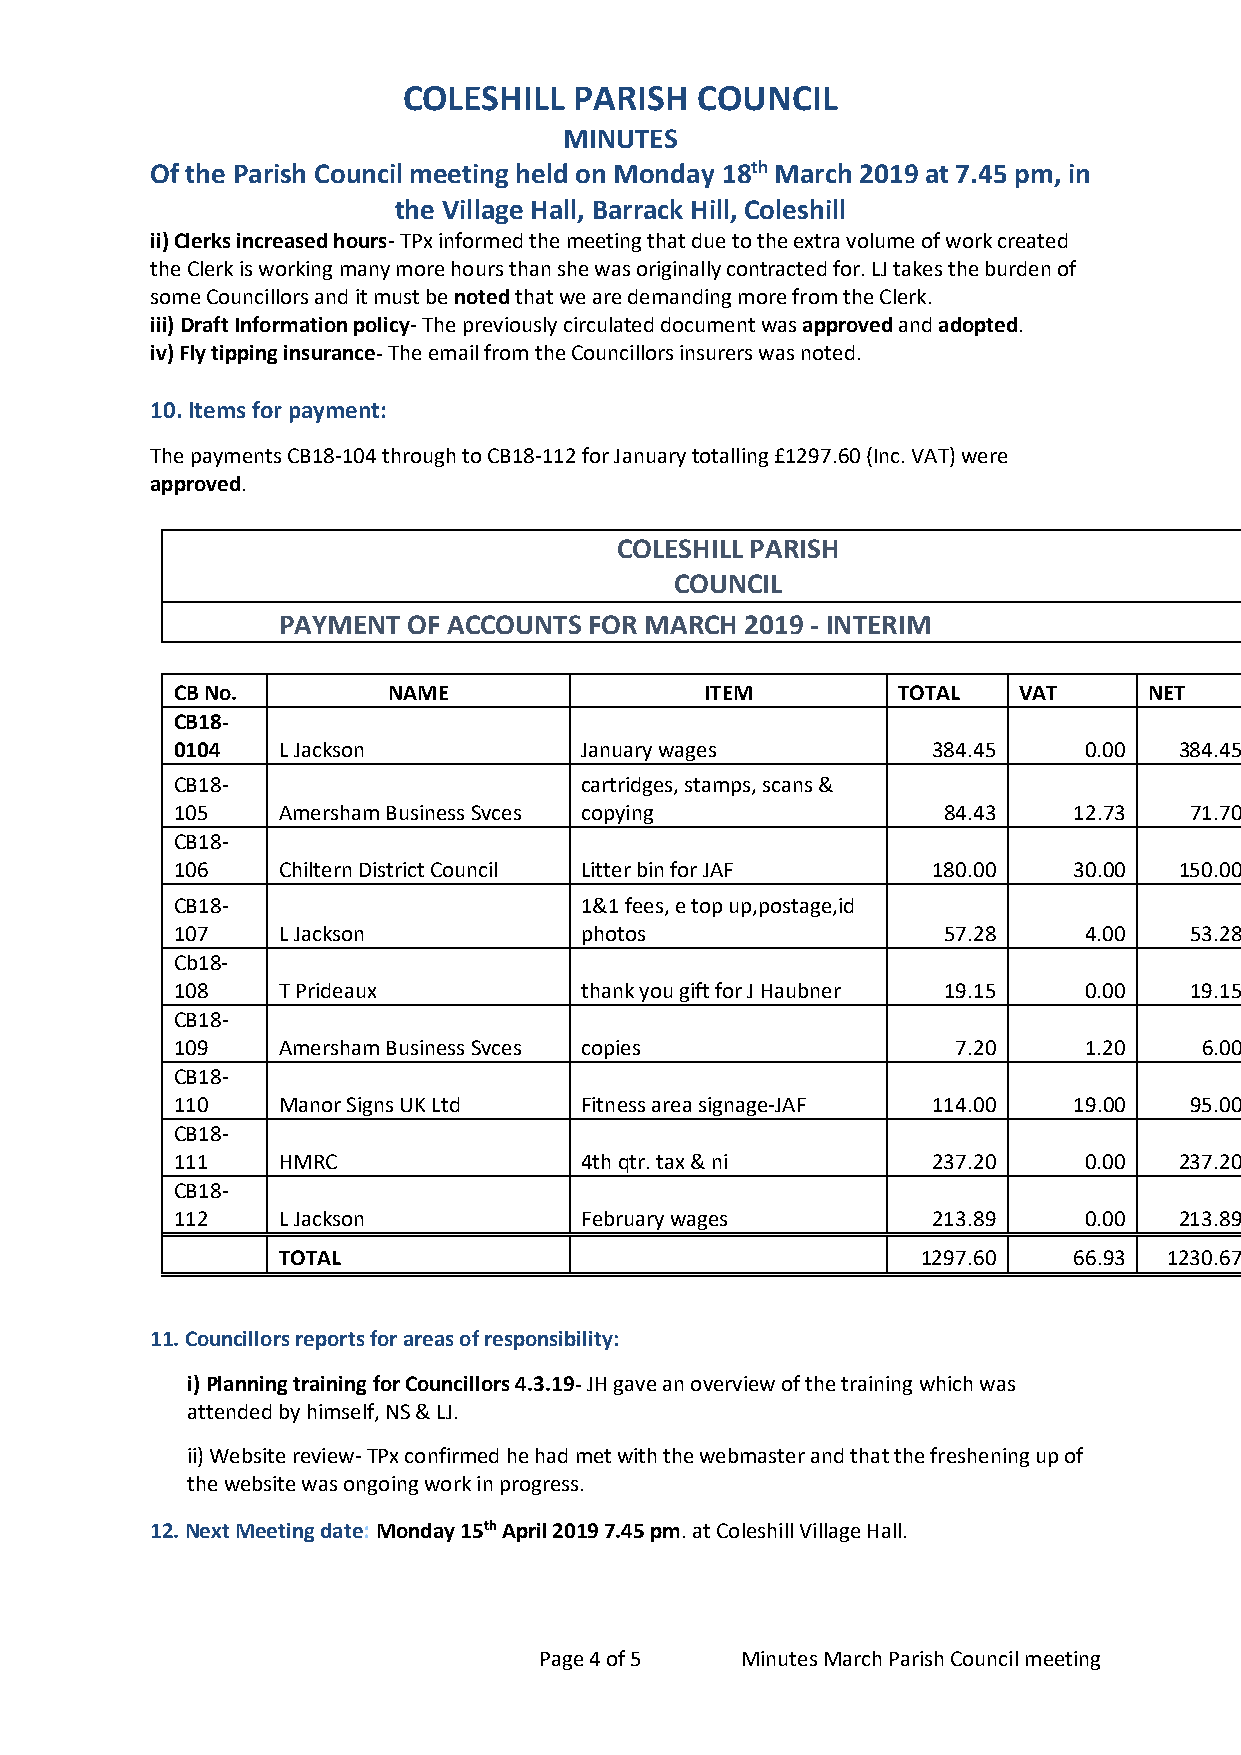
COLESHILL  PARISH  COUNCIL
 MINUTES
 Of the Parish Council meeting held on Monday 18th March 2019 at 7.45 pm, in
 the Village Hall, Barrack Hill, Coleshill
 ii) Clerks increased hours- TPx informed the meeting that due to the extra volume of work created
 the Clerk is working many more hours than she was originally contracted for. LJ takes the burden of
 some Councillors and it must be noted that we are demanding more from the Clerk.
 iii) Draft Information policy- The previously circulated document was approved and adopted.
 iv) Fly tipping insurance- The email from the Councillors insurers was noted.
 10. Items for payment:
 The payments CB18-104 through to CB18-112 for January totalling £1297.60 (Inc. VAT) were
 approved.
 COLESHILL PARISH
 COUNCIL
 PAYMENT  OF ACCOUNTS FOR MARCH 2019 - INTERIM
 CB No.         NAME                 ITEM        TOTAL   VAT      NET
 CB18-
 0104   L Jackson           January wages           384.45    0.00  384.45
 CB18-                      cartridges, stamps, scans &
 105    Amersham Business Svces copying             84.43    12.73   71.70
 CB18-
 106    Chiltern District Council Litter bin for JAF 180.00  30.00  150.00
 CB18-                      1&1 fees, e top up,postage,id
 107    L Jackson           photos                  57.28     4.00   53.28
 Cb18-
 108    T Prideaux          thank you gift for J Haubner 19.15 0.00  19.15
 CB18-
 109    Amersham Business Svces copies               7.20     1.20    6.00
 CB18-
 110    Manor Signs UK Ltd  Fitness area signage-JAF 114.00  19.00   95.00
 CB18-
 111    HMRC                4th qtr. tax & ni       237.20    0.00  237.20
 CB18-
 112    L Jackson           February wages          213.89    0.00  213.89
 TOTAL                                      1297.60   66.93 1230.67
 11. Councillors reports for areas of responsibility:
 i) Planning training for Councillors 4.3.19- JH gave an overview of the training which was
 attended by himself, NS & LJ.
 ii) Website review- TPx confirmed he had met with the webmaster and that the freshening up of
 the website was ongoing work in progress.
 12. Next Meeting date: Monday 15th April 2019 7.45 pm. at Coleshill Village Hall.
 Page 4 of 5  Minutes March Parish Council meeting